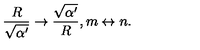
{ \frac { R } { \sqrt { \alpha ^ { \prime } } } } \rightarrow { \frac { \sqrt { \alpha ^ { \prime } } } { R } } , m \leftrightarrow n .